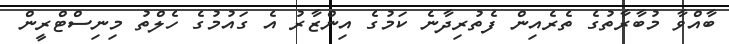
ބާއްވާ މުބާރާތުގެ ތެރެއިން ފެތުރިދާނެ ކަމުގެ އިންޒާރު އެ ގައުމުގެ ހެލްތު މިނިސްޓްރީން